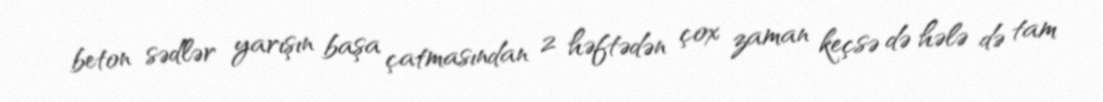
beton sədlər yarışın başa çatmasından 2 həftədən çox zaman keçsə də hələ də tam